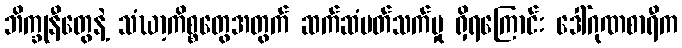
ဘိက္ခုနီတွေနဲ့ သံဃာ့ကိစ္စတွေအတွက် ဆက်ဆံပတ်သက်မှု ရှိရကြောင်း ဒေါ်ဂုဏစာရီက